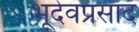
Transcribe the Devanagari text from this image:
भूदेवप्रसाद